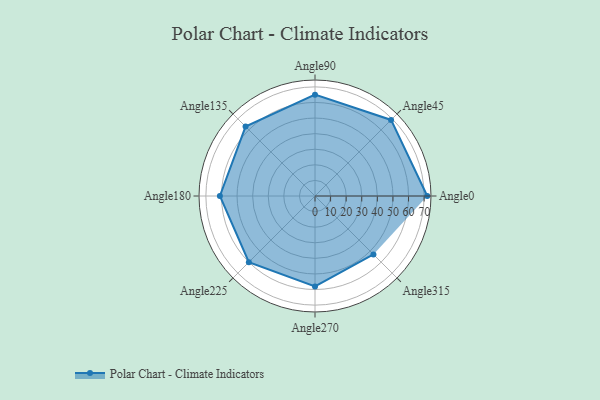
{"axis": {"x": "Angle", "y": "Radius"}, "legend": [""], "data": [{"x": "Angle0", "y": 72.0, "type": ""}, {"x": "Angle45", "y": 69.0, "type": ""}, {"x": "Angle90", "y": 65.0, "type": ""}, {"x": "Angle135", "y": 63.0, "type": ""}, {"x": "Angle180", "y": 61.0, "type": ""}, {"x": "Angle225", "y": 60.0, "type": ""}, {"x": "Angle270", "y": 58.0, "type": ""}, {"x": "Angle315", "y": 53.0, "type": ""}]}